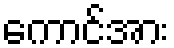
ကောင်အား